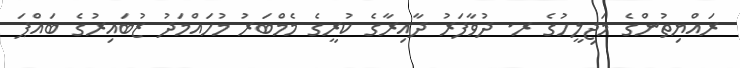
ރައްޔިތުންގެ މަޖިލީހުގެ ރ. ދުވާފަރު ދާއިރާގެ ކުރީގެ މެމްބަރު މުހައްމަދު ޒުބައިރުގެ ބައްޕަ